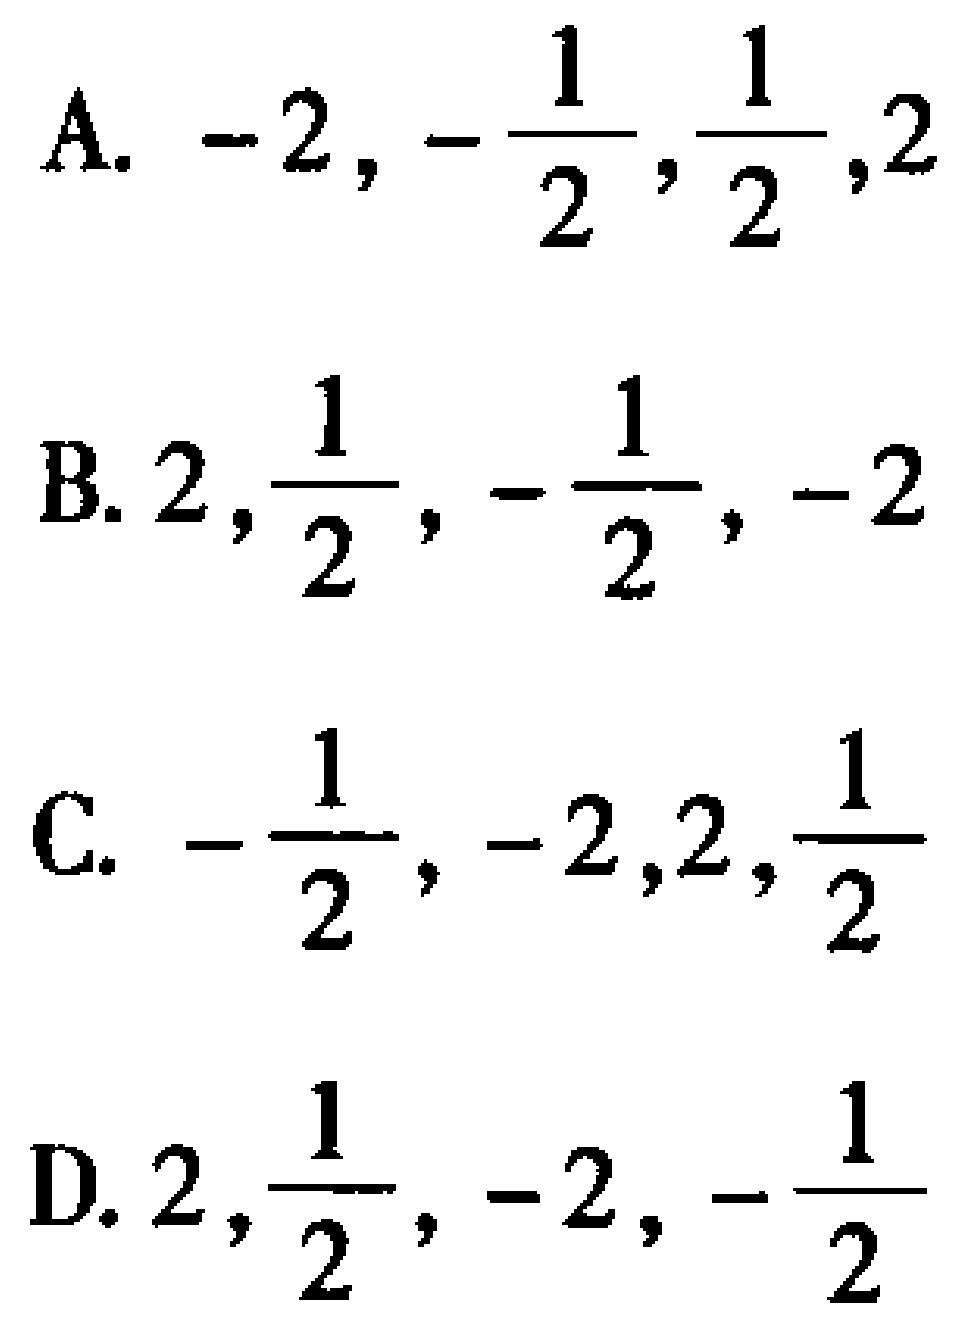
A. \(-2, -\frac{1}{2}, \frac{1}{2}, 2\)

B. \(2, \frac{1}{2}, -\frac{1}{2}, -2\)

C. \(-\frac{1}{2}, -2, 2, \frac{1}{2}\)

D. \(2, \frac{1}{2}, -2, -\frac{1}{2}\)